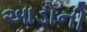
આડોની